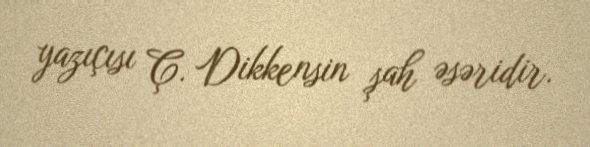
yazıçısı Ç. Dikkensin şah əsəridir.